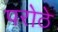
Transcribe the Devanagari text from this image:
परोठे